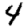
Digit: 4